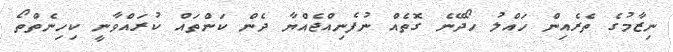
ނިޒާމުގެ ތެރެއިން ހައްލު ހޯދޭނެ ގޮތެއް ނުފެނިއްޖެއްޔާ ދެން ކަންތައް ކުރައްވާނީ ކިހިނެތްތޯ